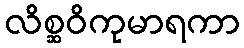
လိစ္ဆဝိကုမာရကာ